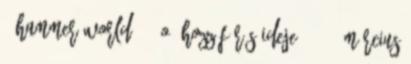
. Hammer World, 8. o. Hozzáférés ideje: 2011. március